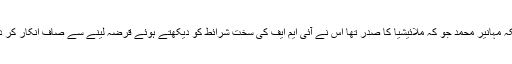
جبکہ مہانیر محمد جو کہ ملائیشیا کا صدر تھا اس نے آئی ایم ایف کی سخت شرائط کو دیکھتے ہوئے قرضہ لینے سے صاف انکار کر دیا ۔